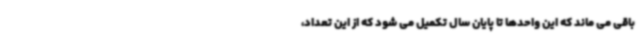
باقی می ماند که این واحدها تا پایان سال تکمیل می شود که از این تعداد،